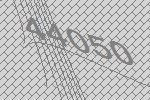
44050